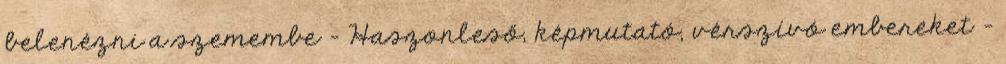
belenézni a szemembe - Haszonleső, képmutató, vérszívó embereket -